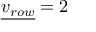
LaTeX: { \underline { { v _ { r o w } } } } = 2